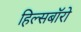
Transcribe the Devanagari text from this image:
हिल्सबॉरो